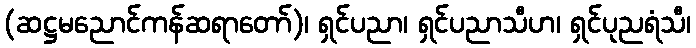
(ဆဋ္ဌမညောင်ကန်ဆရာတော်)၊ ရှင်ပညာ၊ ရှင်ပညာသီဟ၊ ရှင်ပုညရံသီ၊